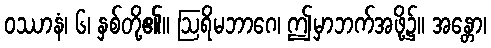
ဝဿာနံ၊ ၆၊ နှစ်တို့၏။ ဩရိမဘာဂေ၊ ဤမှာဘက်အဖို့၌။ အန္တော၊